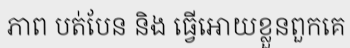
ភាព បត់បែន និង ធ្វើអោយខ្លួនពួកគេ